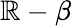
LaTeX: \mathbb{R}-\beta